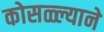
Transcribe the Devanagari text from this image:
कोसळ्ल्याने